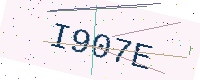
Text: I907E